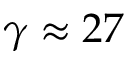
\gamma \approx 2 7